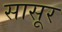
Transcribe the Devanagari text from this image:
सासूर